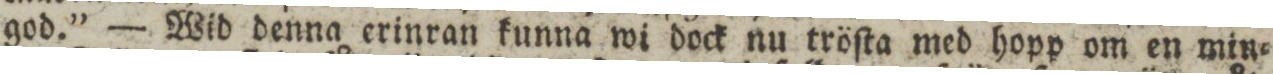
god.” — Wid denna erinran kunna wi dock nu tröſta med hopp om en min=